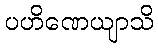
ပဟိဏေယျာသိ